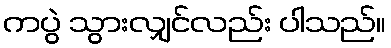
ကပွဲ သွားလျှင်လည်း ပါသည်။